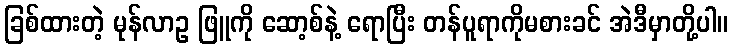
ခြစ်ထားတဲ့ မုန်လာဥ ဖြူကို ဆော့စ်နဲ့ ရောပြီး တန်ပူရာကိုမစားခင် အဲဒီမှာတို့ပါ။